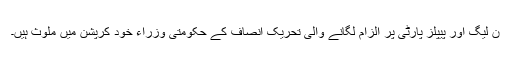
ن لیگ اور پیپلز پارٹی پر الزام لگانے والی تحریک انصاف کے حکومتی وزراء خود کرپشن میں ملوث ہیں۔